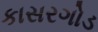
કાસરગોડ